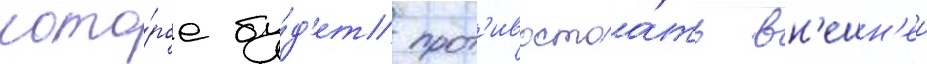
кото́рое бу́д'ет прот'ивостоа́ть вн'ешн'еи